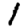
Digit: 1